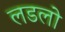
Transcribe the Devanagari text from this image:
लडलो